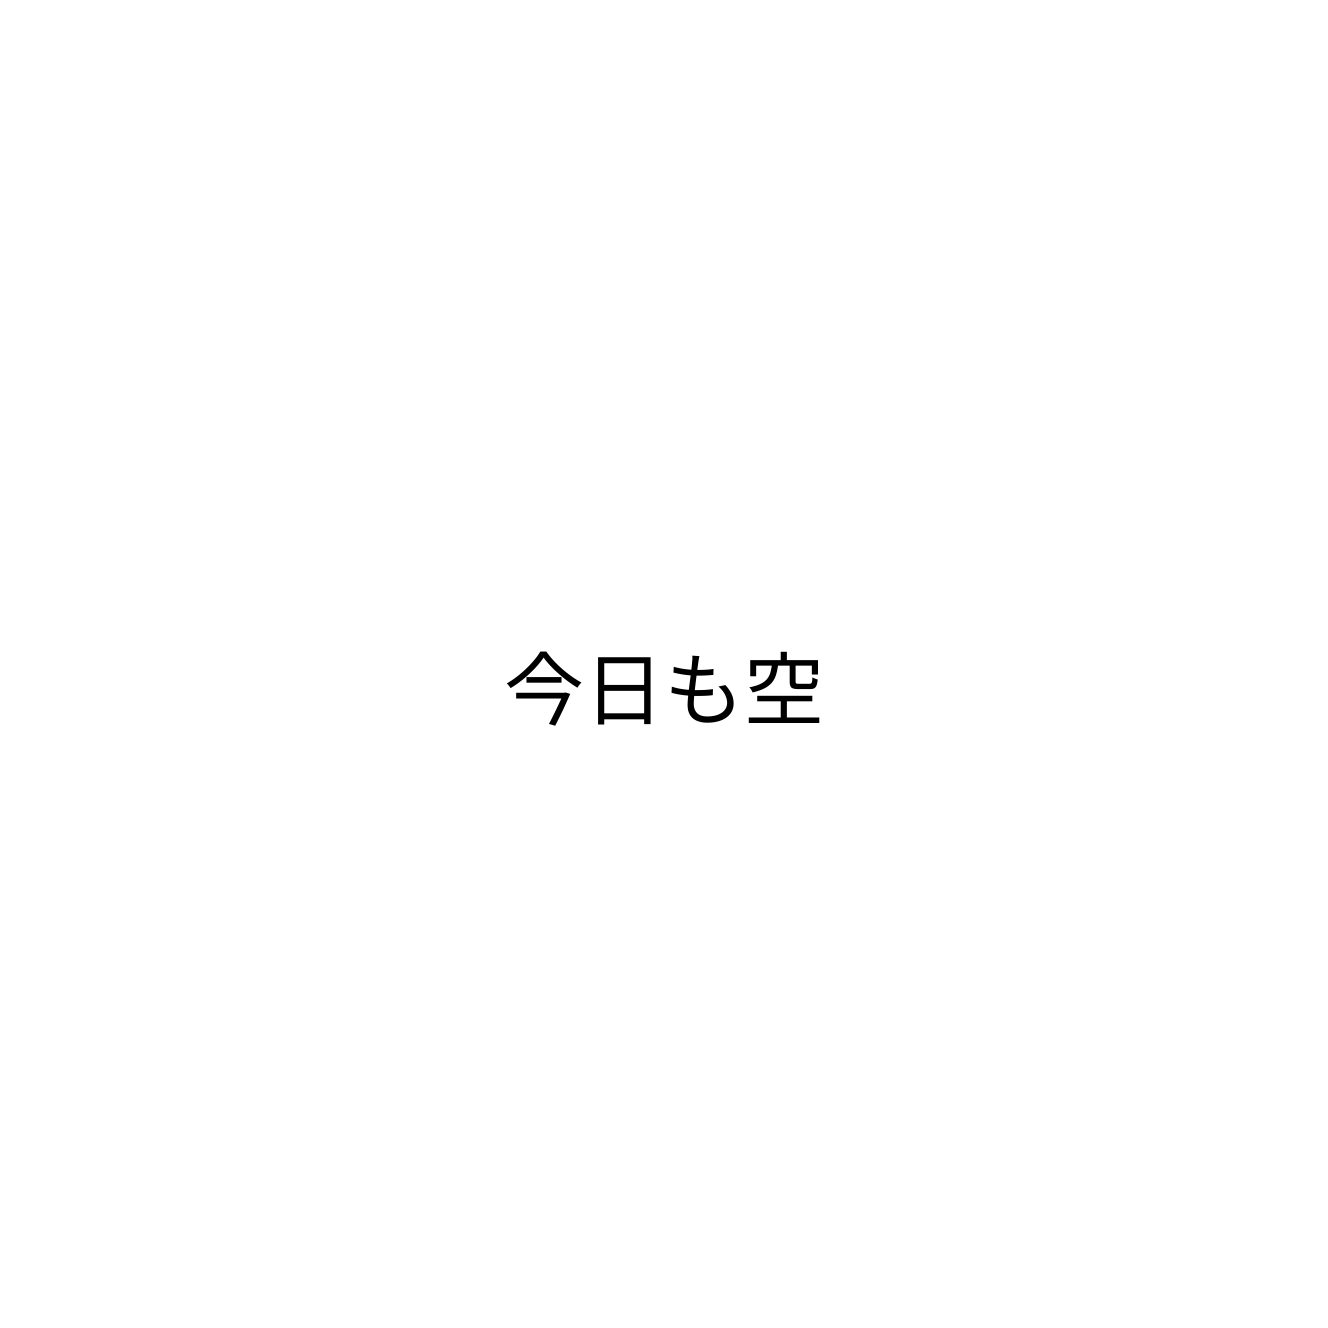
今日も空